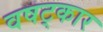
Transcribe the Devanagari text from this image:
वषट्कार